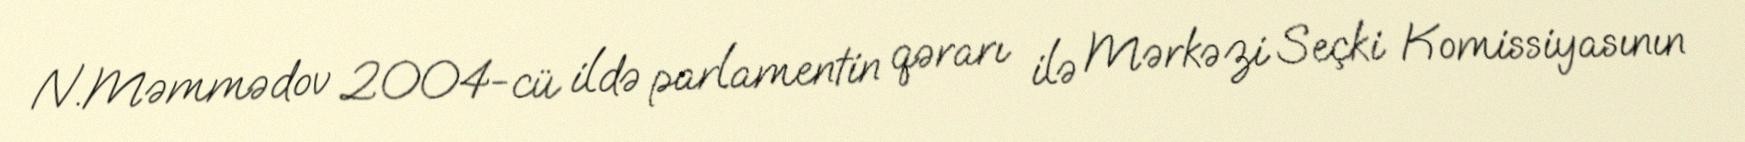
N.Məmmədov 2004-cü ildə parlamentin qərarı ilə Mərkəzi Seçki Komissiyasının